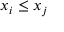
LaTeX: x _ { i } \leq x _ { j }